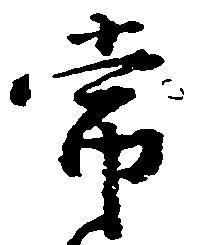
常